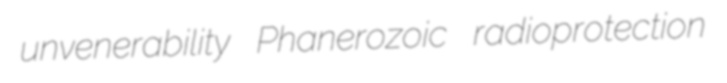
unvenerability Phanerozoic radioprotection